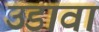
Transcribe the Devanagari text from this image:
उडावा